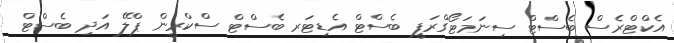
އެކްޓްރެސް ބެސްޓް ސިނަމަޓޯގްރަފީ ބެސްޓް އެޑިޓަރ ބެސްޓް ސްކްރީން ޕްލޭ އަދި ބެސްޓް